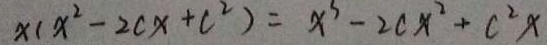
x ( x ^ { 2 } - 2 c x + c ^ { 2 } ) = x ^ { 3 } - 2 c x ^ { 2 } + c ^ { 2 } x